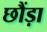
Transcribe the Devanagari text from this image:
छौंड़ा